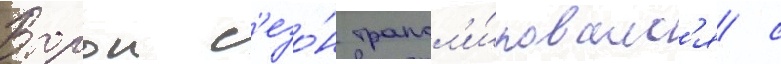
Второи с'езо́н трансл'и́ровалс'я с